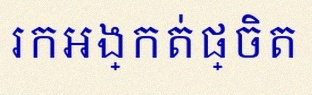
រកអង្កត់ផ្ចិត